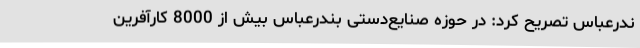
ندرعباس تصریح کرد: در حوزه صنایع‌دستی بندرعباس بیش از 8000 کارآفرین